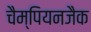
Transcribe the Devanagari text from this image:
चैम्पियनजैक